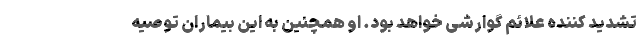
تشدید کننده علائم گوارشی خواهد بود. او همچنین به این بیماران توصیه